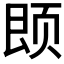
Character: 𫖱